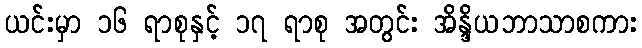
ယင်းမှာ ၁၆ ရာစုနှင့် ၁၇ ရာစု အတွင်း အိန္ဒိယဘာသာစကား